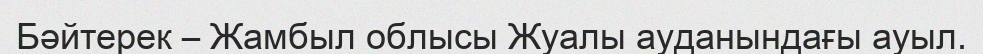
Бәйтерек – Жамбыл облысы Жуалы ауданындағы ауыл.